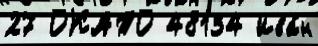
27 ОКАТО 48134 Ива́н